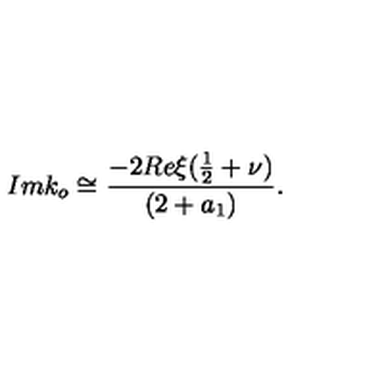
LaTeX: I m k _ { o } \cong \frac { - 2 R e \xi ( \frac { 1 } { 2 } + \nu ) } { ( 2 + a _ { 1 } ) } .